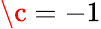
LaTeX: \c=-1